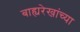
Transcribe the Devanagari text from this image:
बाह्यरेखांच्या